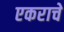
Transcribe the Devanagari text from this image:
एकराचे